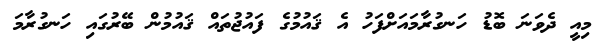
މިއީ ދެވަނަ ބޮޑު ހަނގުރާމައަށްފަހު އެ ޤައުމުގެ ފައުޖުތައް ޤައުމުން ބޭރުގައި ހަނގުރާމަ